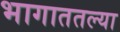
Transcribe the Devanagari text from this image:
भागाततल्या